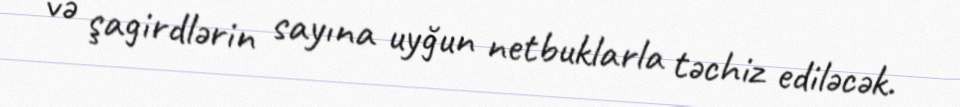
və şagirdlərin sayına uyğun netbuklarla təchiz ediləcək.